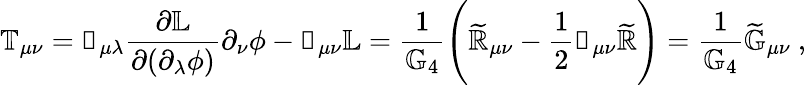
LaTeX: \mathbb{T}_{\mu\nu}=\mathbb{g}_{\mu\lambda}\frac{\partial\mathbb{L}}{\partial(\partial_{\lambda}\phi)}\partial_{\nu}\phi-\mathbb{g}_{\mu\nu}\mathbb{L}=\frac{1}{\mathbb{G}_{4}}\Bigg(\mathbb{\widetilde{R}}_{\mu\nu}-\frac{1}{2}\mathbb{g}_{\mu\nu}\mathbb{\widetilde{R}}\Bigg)=\frac{1}{\mathbb{G}_{4}}\mathbb{\widetilde{G}}_{\mu\nu}~,